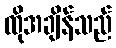
ထိုအချိန်သည်